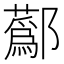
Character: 𨟗